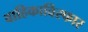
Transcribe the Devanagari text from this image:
वाहिकाविस्फार